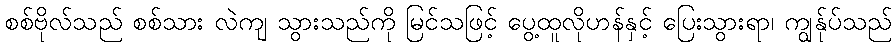
စစ်ဗိုလ်သည် စစ်သား လဲကျ သွားသည်ကို မြင်သဖြင့် ပွေ့ထူလိုဟန်နှင့် ပြေးသွားရာ၊ ကျွန်ုပ်သည်